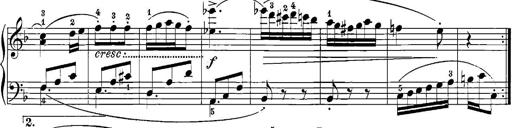
Title: 12 Sonatinas
Composer: Ignaz Pleyel